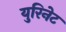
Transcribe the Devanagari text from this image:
युरिनेट